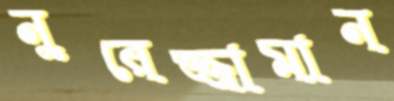
নুরেজ্জামান